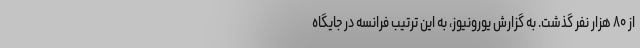
از ۸۰ هزار نفر گذشت. به گزارش یورونیوز، به این ترتیب فرانسه در جایگاه